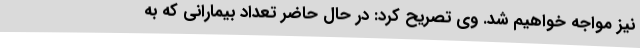
نیز مواجه خواهیم شد. وی تصریح کرد: در حال حاضر تعداد بیمارانی که به